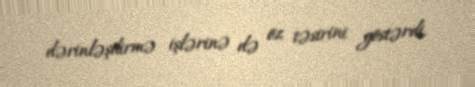
dərinləşdirmə işlərinə də öz təsirini göstərdi.